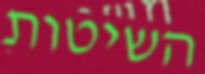
השיטות